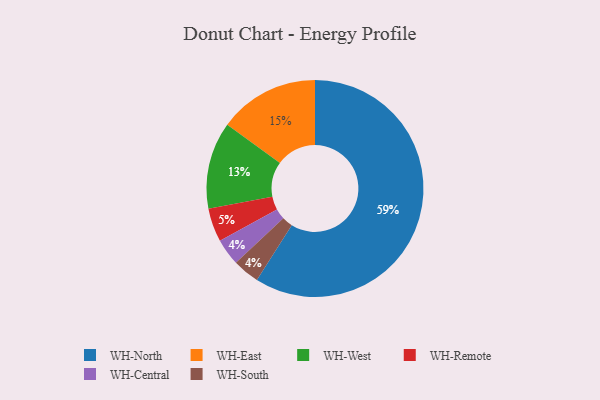
{"axis": {"x": "Category", "y": "Percentage"}, "legend": ["WH-Central", "WH-East", "WH-North", "WH-Remote", "WH-South", "WH-West"], "data": [{"x": "WH-Remote", "y": 5, "type": "WH-Remote"}, {"x": "WH-East", "y": 15, "type": "WH-East"}, {"x": "WH-West", "y": 13, "type": "WH-West"}, {"x": "WH-North", "y": 59, "type": "WH-North"}, {"x": "WH-Central", "y": 4, "type": "WH-Central"}, {"x": "WH-South", "y": 4, "type": "WH-South"}]}